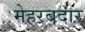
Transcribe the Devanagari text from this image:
मेहरबदार